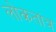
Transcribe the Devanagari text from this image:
लोकतांत्र